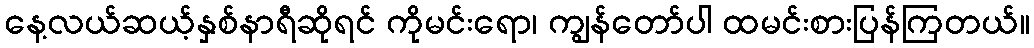
နေ့လယ်ဆယ့်နှစ်နာရီဆိုရင် ကိုမင်းရော၊ ကျွန်တော်ပါ ထမင်းစားပြန်ကြတယ်။